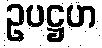
ဥပဋ္ဌဟ